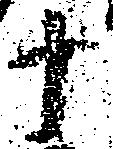
十